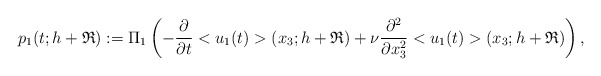
\begin{align*}p_1(t;h+\mathfrak{R}):=\Pi_1\left(-\frac{\partial}{\partial t}<u_1(t)>(x_3;h+\mathfrak{R})+\nu\frac{\partial^2}{\partial x_3^2}<u_1(t)>(x_3;h+\mathfrak{R})\right),\end{align*}